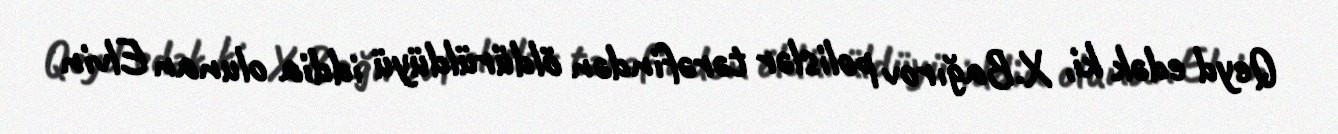
Qeyd edək ki, X.Bağırov polislər tərəfindən öldürüldüyü iddia olunan Elvin